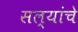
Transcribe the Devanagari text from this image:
सल्यांचे